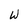
Character: u